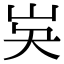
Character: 𡵗